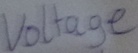
Text: Voltage